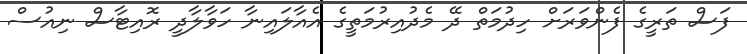
ފަސް ތަރީގެ ފެންވަރަށް ހިދުމަތް ދޭ މެދުއިރުމަތީގެ އެއާލައިނާ ހަވާލާދީ ރޮއިޓާސް ނިއުސް